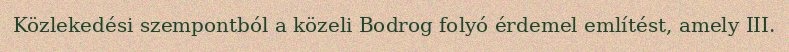
Közlekedési szempontból a közeli Bodrog folyó érdemel említést, amely III.